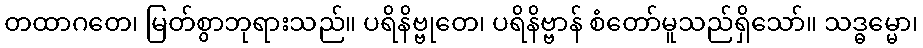
တထာဂတေ၊ မြတ်စွာဘုရားသည်။ ပရိနိဗ္ဗုတေ၊ ပရိနိဗ္ဗာန် စံတော်မူသည်ရှိသော်။ သဒ္ဓမ္မော၊